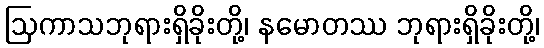
ဩကာသဘုရားရှိခိုးတို့၊ နမောတဿ ဘုရားရှိခိုးတို့၊